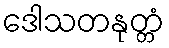
ဒေါသတနုတ္တံ